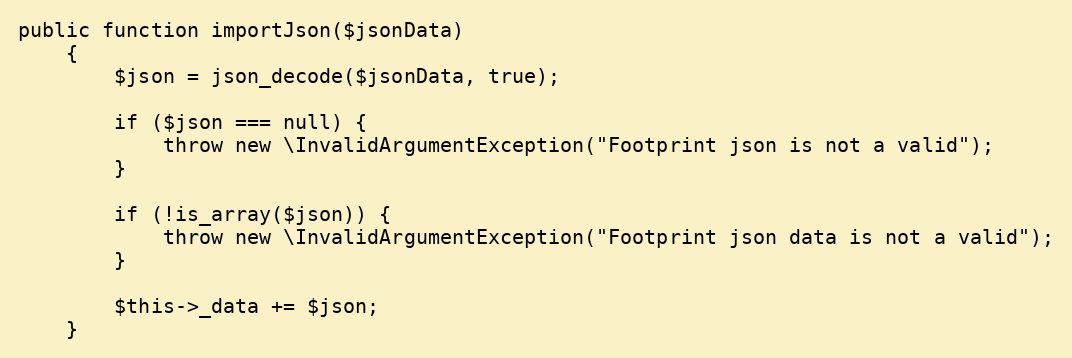
Language: PHP
public function importJson($jsonData)
    {
        $json = json_decode($jsonData, true);

        if ($json === null) {
            throw new \InvalidArgumentException("Footprint json is not a valid");
        }

        if (!is_array($json)) {
            throw new \InvalidArgumentException("Footprint json data is not a valid");
        }

        $this->_data += $json;
    }